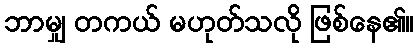
ဘာမျှ တကယ် မဟုတ်သလို ဖြစ်နေ၏။